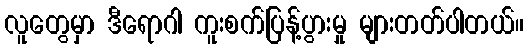
လူတွေမှာ ဒီရောဂါ ကူးစက်ပြန့်ပွားမှု များတတ်ပါတယ်။